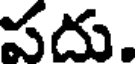
పదు.